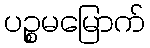
ပဉ္စမမြောက်